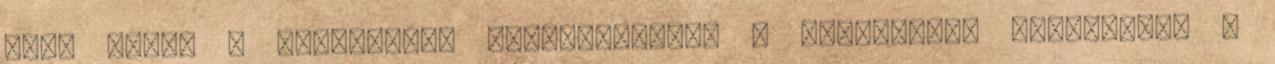
Föld napja – Szakértők: felgyorsultak a környezeti változások A